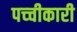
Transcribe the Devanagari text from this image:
पच्‍चीकारी